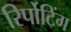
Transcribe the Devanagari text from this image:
रिर्पोटिंग